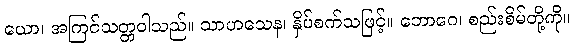
ယော၊ အကြင်သတ္တဝါသည်။ သာဟသေန၊ နှိပ်စက်သဖြင့်။ ဘောဂေ၊ စည်းစိမ်တို့ကို။